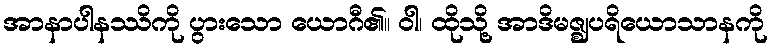
အာနာပါနဿိကို ပွားသော ယောဂီ၏။ ဝါ၊ ထိုသို့ အာဒိမဇ္ဈပရိယောသာနကို